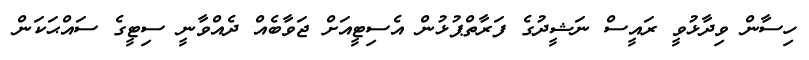
ހިސާން ވިދާޅުވީ ރައީސް ނަޝީދުގެ ފަރާތްޕުޅުން އެސިޓީއަށް ޖަވާބެއް ދެއްވާނީ ސިޓީގެ ސައްޙަކަން